65_HS1-834228961_62-HQ-83894_Serial_438
Agency: FBI
Page 6
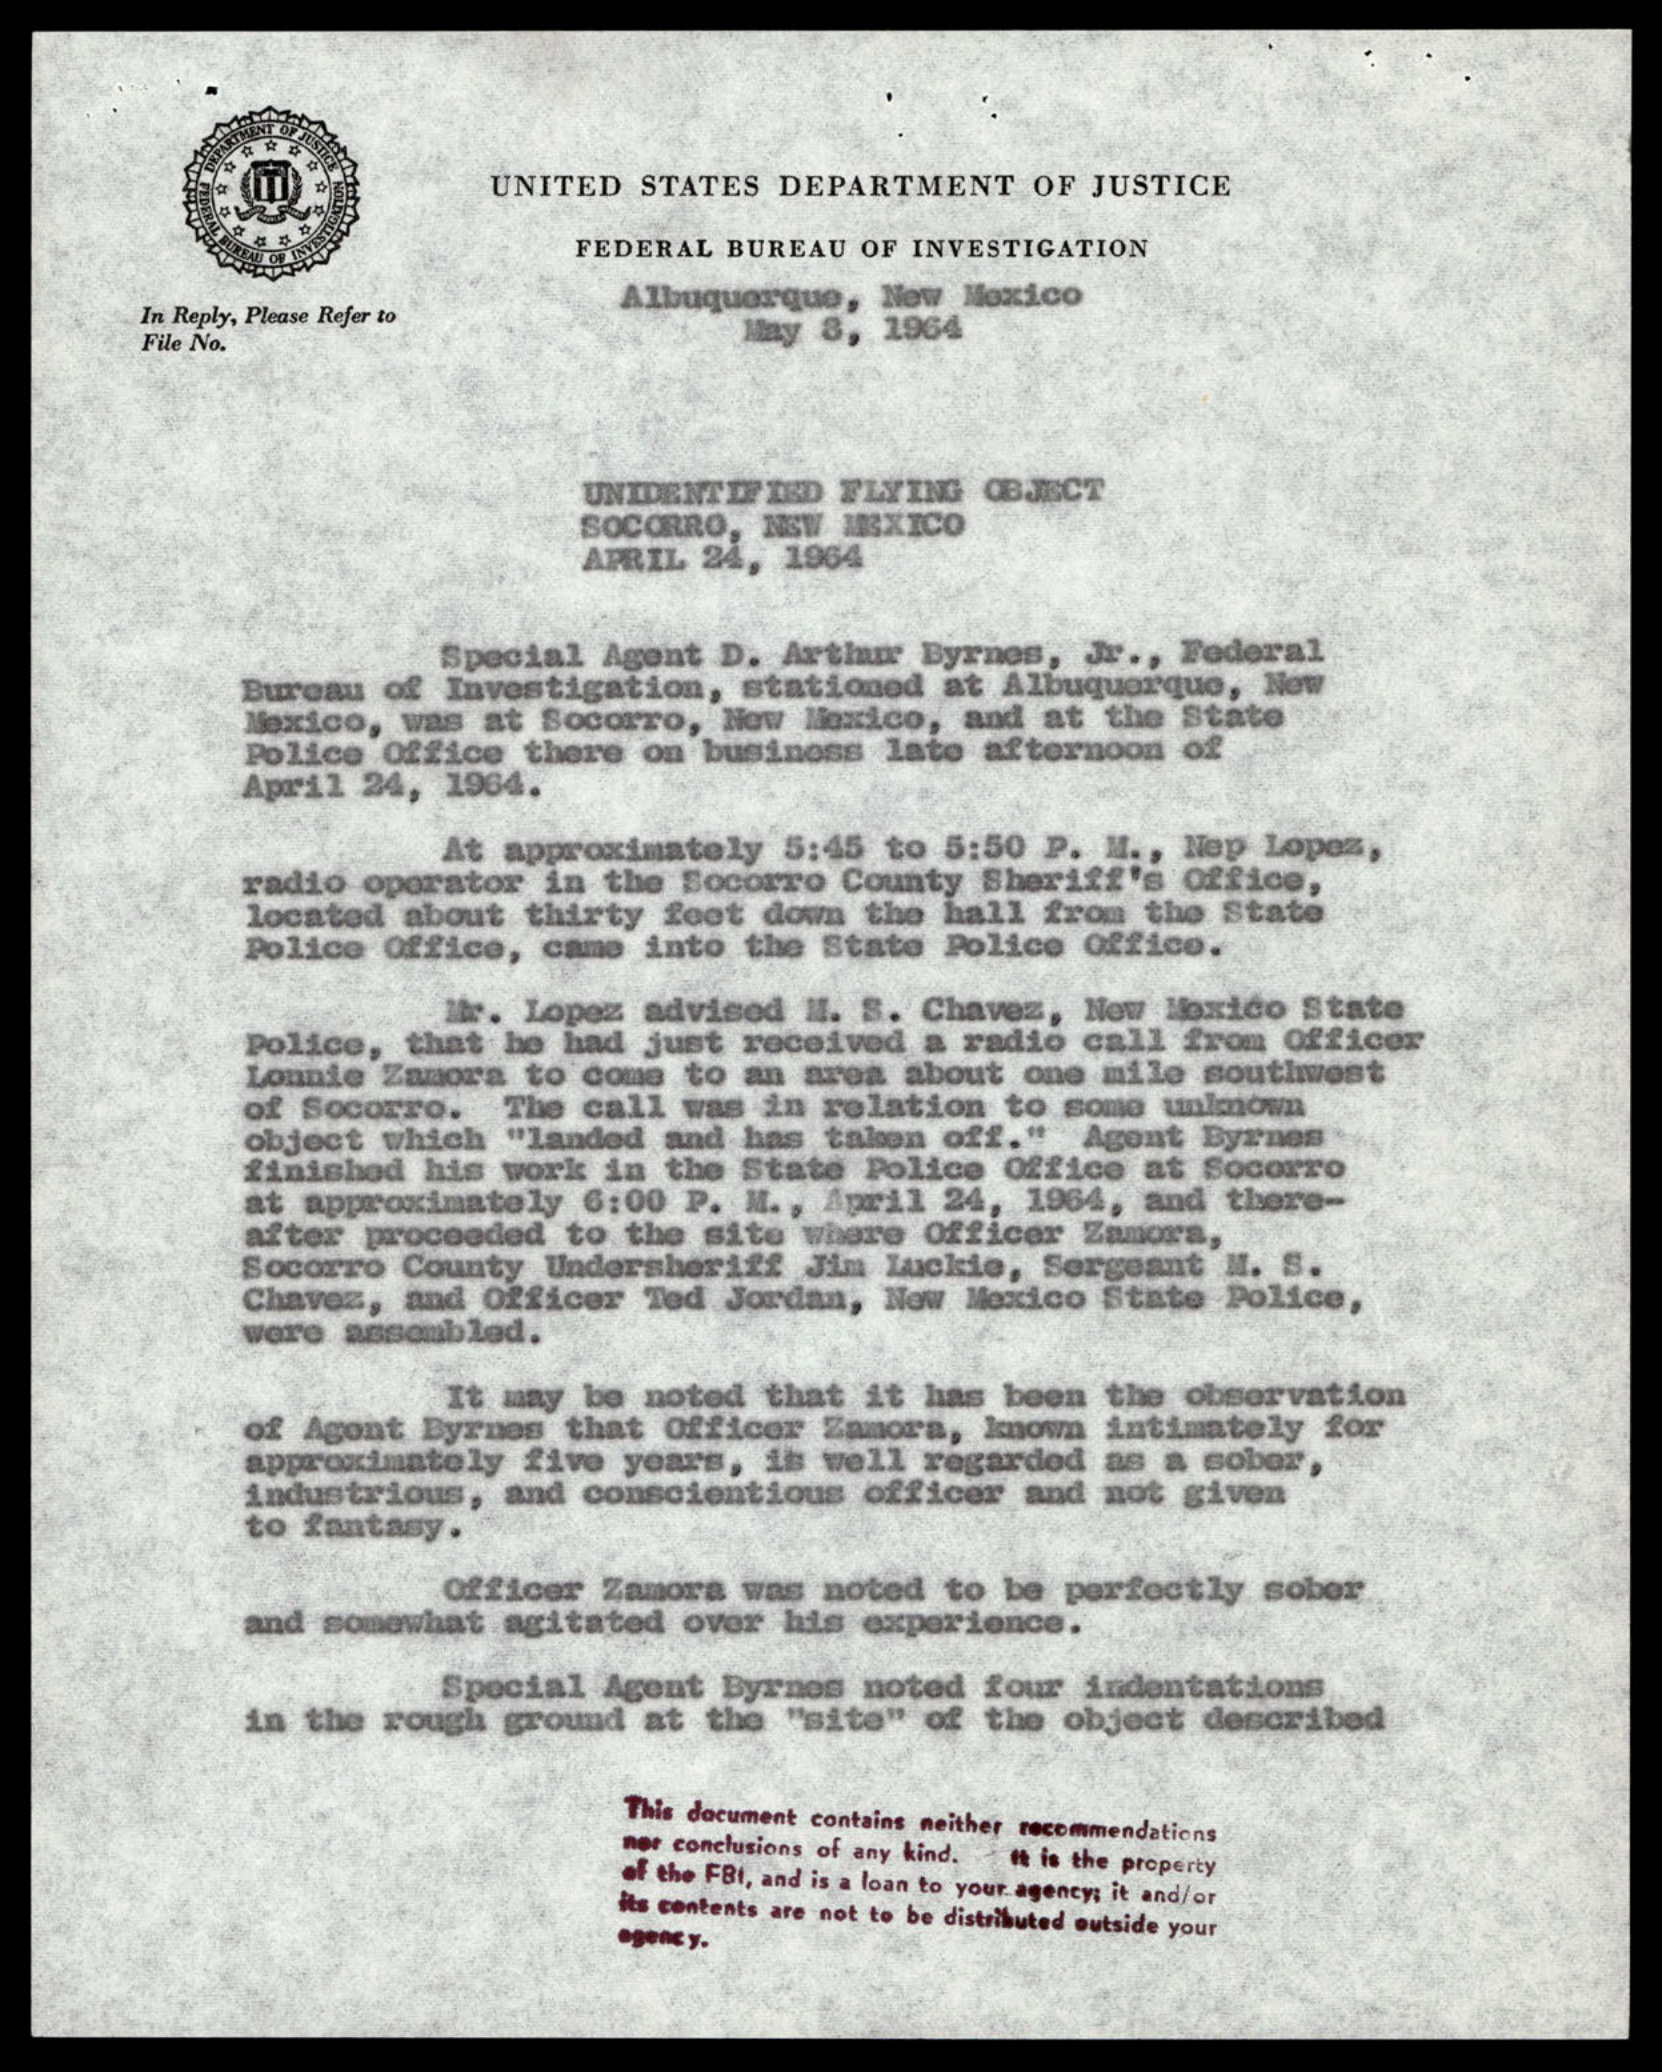